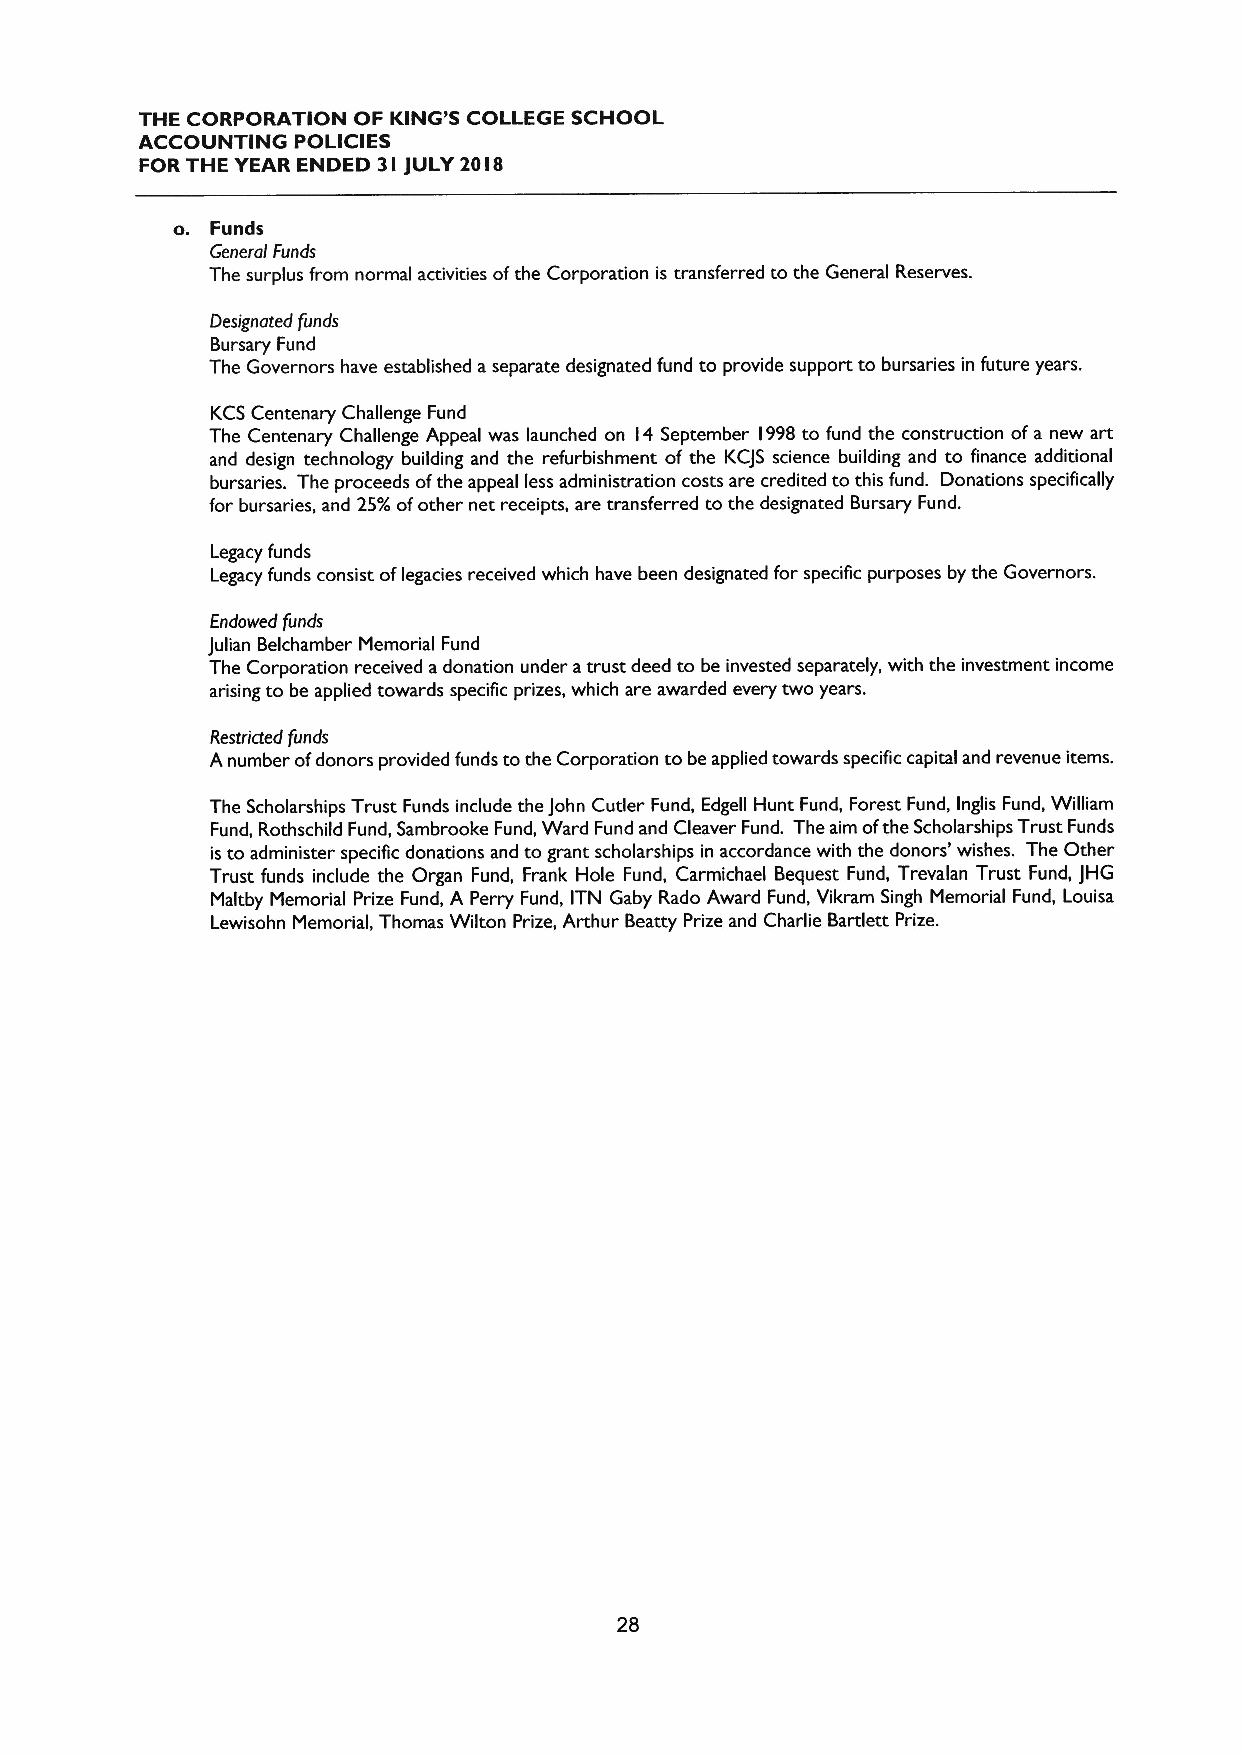
THE CORPORATION OF KING'S COLLEGE SCHOOL
 ACCOUNTING POLICIES
 FOR THE YEAR ENDED 3I jULY 20I8
 o. Funds
 General Funds
 The surplus from normal activities ofthe Corporation is transferred to the General Reserves.
 Designated funds
 Bursary Fund
 The Governors have established aseparate designated fund to provide support to bursaries in future years.
 KCSCentenary Challenge Fund
 The Centenary Challenge Appeal was launched on 14 September l998 to fund the construction ofa new art
 and design technology building and the refurbishment of the KCJS science building and to finance additional
 bursaries. The proceeds ofthe appeal less administration costs are credited to this fund. Donations specifically
 for bursaries, and 25%ofother net receipts, are transferred to the designated Bursary Fund.
 Legacy funds
 Legacy funds consist oflegacies received which have been designated for specific purposes by the Governors.
 Endowed funds
 Julian Belchamber Memorial Fund
 The Corporation received adonation under atrust deed to be invested separately, with the investment income
 arising to be applied towards specific prizes, which are awarded every two years.
 Restricted funds
 Anumber ofdonors provided funds to the Corporation to be applied towards specific capital and revenue items.
 The Scholarships Trust Funds include the John Cutler Fund, Edgell Hunt Fund, Forest Fund, lnglis Fund, William
 Fund, Rothschild Fund, Sambrooke Fund, Ward Fund and Cleaver Fund. The aim ofthe Scholarships Trust Funds
 isto administer specific donations and to grant scholarships in accordance with the donors' wishes. The Other
 Trust funds include the Organ Fund, Frank Hole Fund, Carmichael Bequest Fund, Trevalan Trust Fund, JHG
 Maltby Memorial Prize Fund, A Perry Fund, ITN Gaby Rado Award Fund, Vikram Singh Memorial Fund, Louisa
 Lewisohn Memorial, Thomas Wilton Prize, Arthur Beatty Prize and Charlie Bartlett Prize.
 28